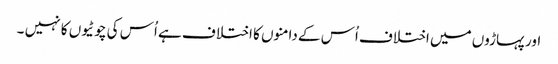
اور پہاڑوں میں اختلاف اُس کے دامنوں کا اختلا ف ہے اُس کی چوٹیوں کا نہیں ۔